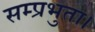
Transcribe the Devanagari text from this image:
सम्प्रभुता।